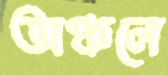
অঞ্চলে